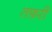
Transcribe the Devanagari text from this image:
तफ़री